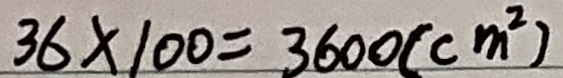
3 6 \times 1 0 0 = 3 6 0 0 ( c m ^ { 2 } )